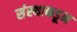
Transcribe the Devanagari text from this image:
संस्थाकडून